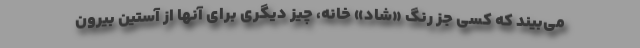
مي‌بيند كه كسي جز رنگ «شاد» خانه، چيز ديگري براي آنها از آستين بيرون